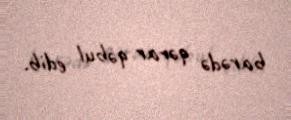
barədə qərar qəbul edib.